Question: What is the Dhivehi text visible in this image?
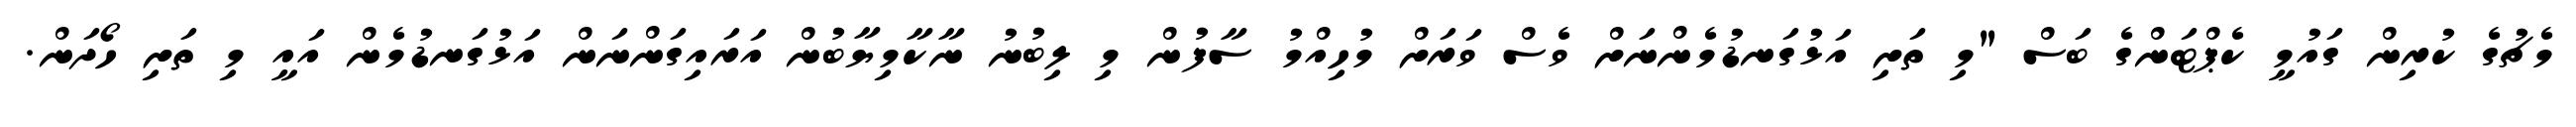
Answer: މެޗުގެ ކުރިން ގައުމީ ކެޕްޓަންގެ ބަސް "މި ތަށި އަޅުގަނޑުމެންނަށް ވެސް ވަރަށް މުހިއްމު ސާފުން މި ލިބުނު ނާކާމިޔާބުން އަރައިގަންނަން އަޅުގަނޑުމެން އައީ މި ތަށި ހޯދަން.